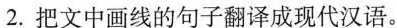
2.把文中画线的句子翻译成现代汉语。